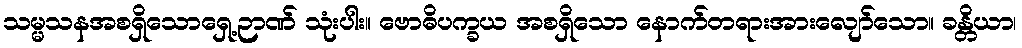
သမ္မသနအစရှိသောရှေ့ဉာဏ် သုံးပါး။ ဗောဓိပက္ခယ အစရှိသော နောက်တရားအားလျော်သော။ ခန္တိယာ၊